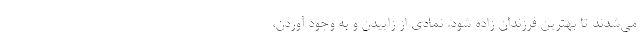
می‌شدند تا بهترین فرزندان زاده شود. نمادی از زاییدن و به وجود آوردن،